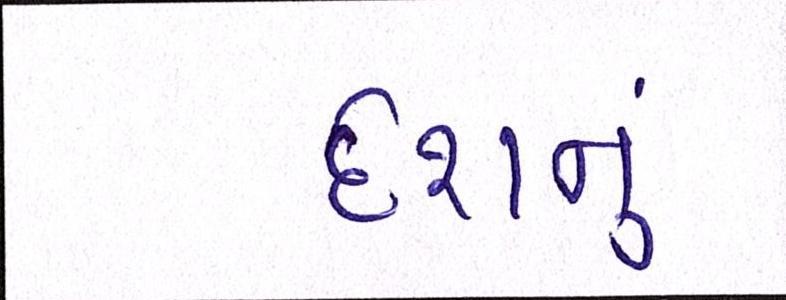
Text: દેશનું